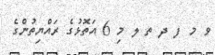
ވ މ ފ ދ ތ ލ މި 6 އަތޮޅުގެ ރައްޔިތުންގެ